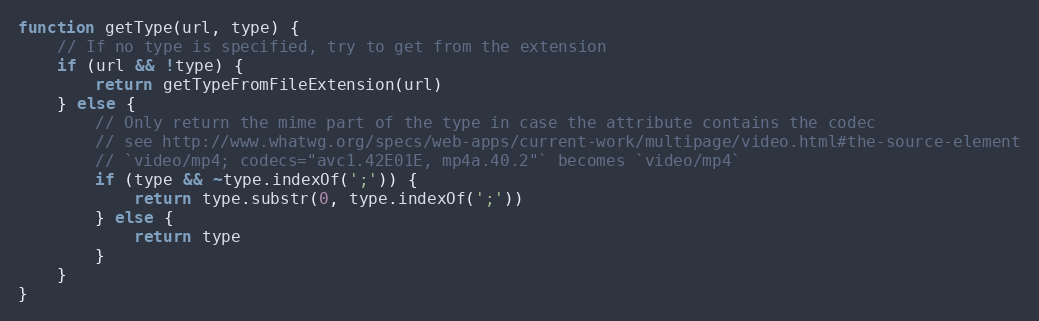
Language: JavaScript
function getType(url, type) {
	// If no type is specified, try to get from the extension
	if (url && !type) {
		return getTypeFromFileExtension(url)
	} else {
		// Only return the mime part of the type in case the attribute contains the codec
		// see http://www.whatwg.org/specs/web-apps/current-work/multipage/video.html#the-source-element
		// `video/mp4; codecs="avc1.42E01E, mp4a.40.2"` becomes `video/mp4`
		if (type && ~type.indexOf(';')) {
			return type.substr(0, type.indexOf(';'))
		} else {
			return type
		}
	}
}